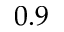
0 . 9